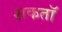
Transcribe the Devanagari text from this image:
शकतॉ